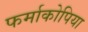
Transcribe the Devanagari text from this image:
फर्माकोपिया